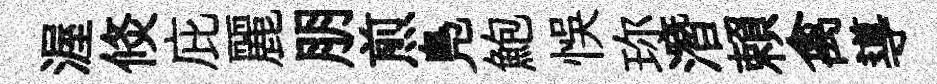
渥倐庇麗朋煎鳬鮑悞珎潛賴禽導